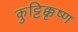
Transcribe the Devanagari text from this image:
कुट्टिक्कृष्ण